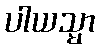
ပါယသ္မာ